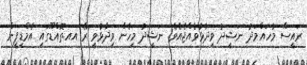
ރައީސް މުހައްމަދު ނަޝީދު ވިދާޅުވެއްޖެއެވެ. ނަޝީދު މިހެން ވިދާޅުވީ ރޭ އއ.ތޮއްޑޫގައި އެމްޑީޕީން